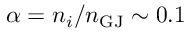
\alpha = n _ { i } / n _ { \mathrm { G J } } \sim 0 . 1